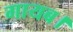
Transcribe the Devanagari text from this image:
गायब।